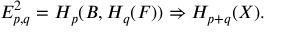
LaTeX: E _ { p , q } ^ { 2 } = H _ { p } ( B , H _ { q } ( F ) ) \Rightarrow H _ { p + q } ( X ) .